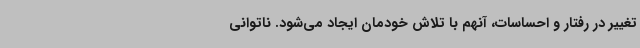
تغییر در رفتار و احساسات، آنهم با تلاش خودمان ایجاد می‌شود. ناتوانی